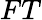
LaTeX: FT